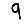
Digit: 9